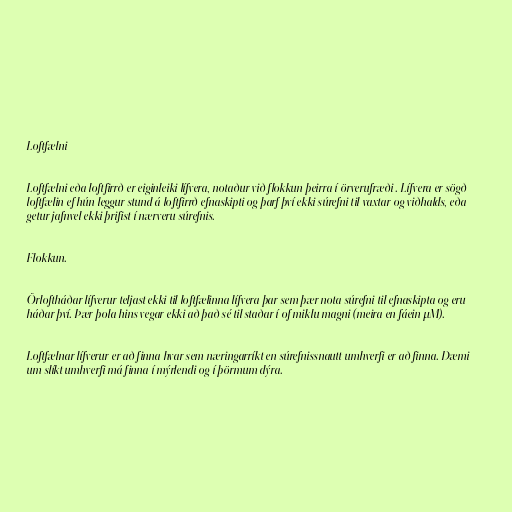
Loftfælni

Loftfælni eða loftfirrð er eiginleiki lífvera, notaður við flokkun þeirra í örverufræði . Lífvera er sögð
loftfælin ef hún leggur stund á loftfirrð efnaskipti og þarf því ekki súrefni til vaxtar og viðhalds, eða
getur jafnvel ekki þrifist í nærveru súrefnis.

Flokkun.

Örloftháðar lífverur teljast ekki til loftfælinna lífvera þar sem þær nota súrefni til efnaskipta og eru
háðar því. Þær þola hins vegar ekki að það sé til staðar í of miklu magni (meira en fáein µM).

Loftfælnar lífverur er að finna hvar sem næringarríkt en súrefnissnautt umhverfi er að finna. Dæmi
um slíkt umhverfi má finna í mýrlendi og í þörmum dýra.